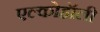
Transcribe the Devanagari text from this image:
एल्कोहॉली